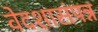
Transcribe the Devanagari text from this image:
वेदशासंपन्न